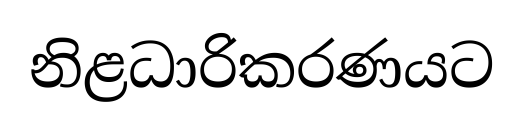
නිළධාරිකරණයට